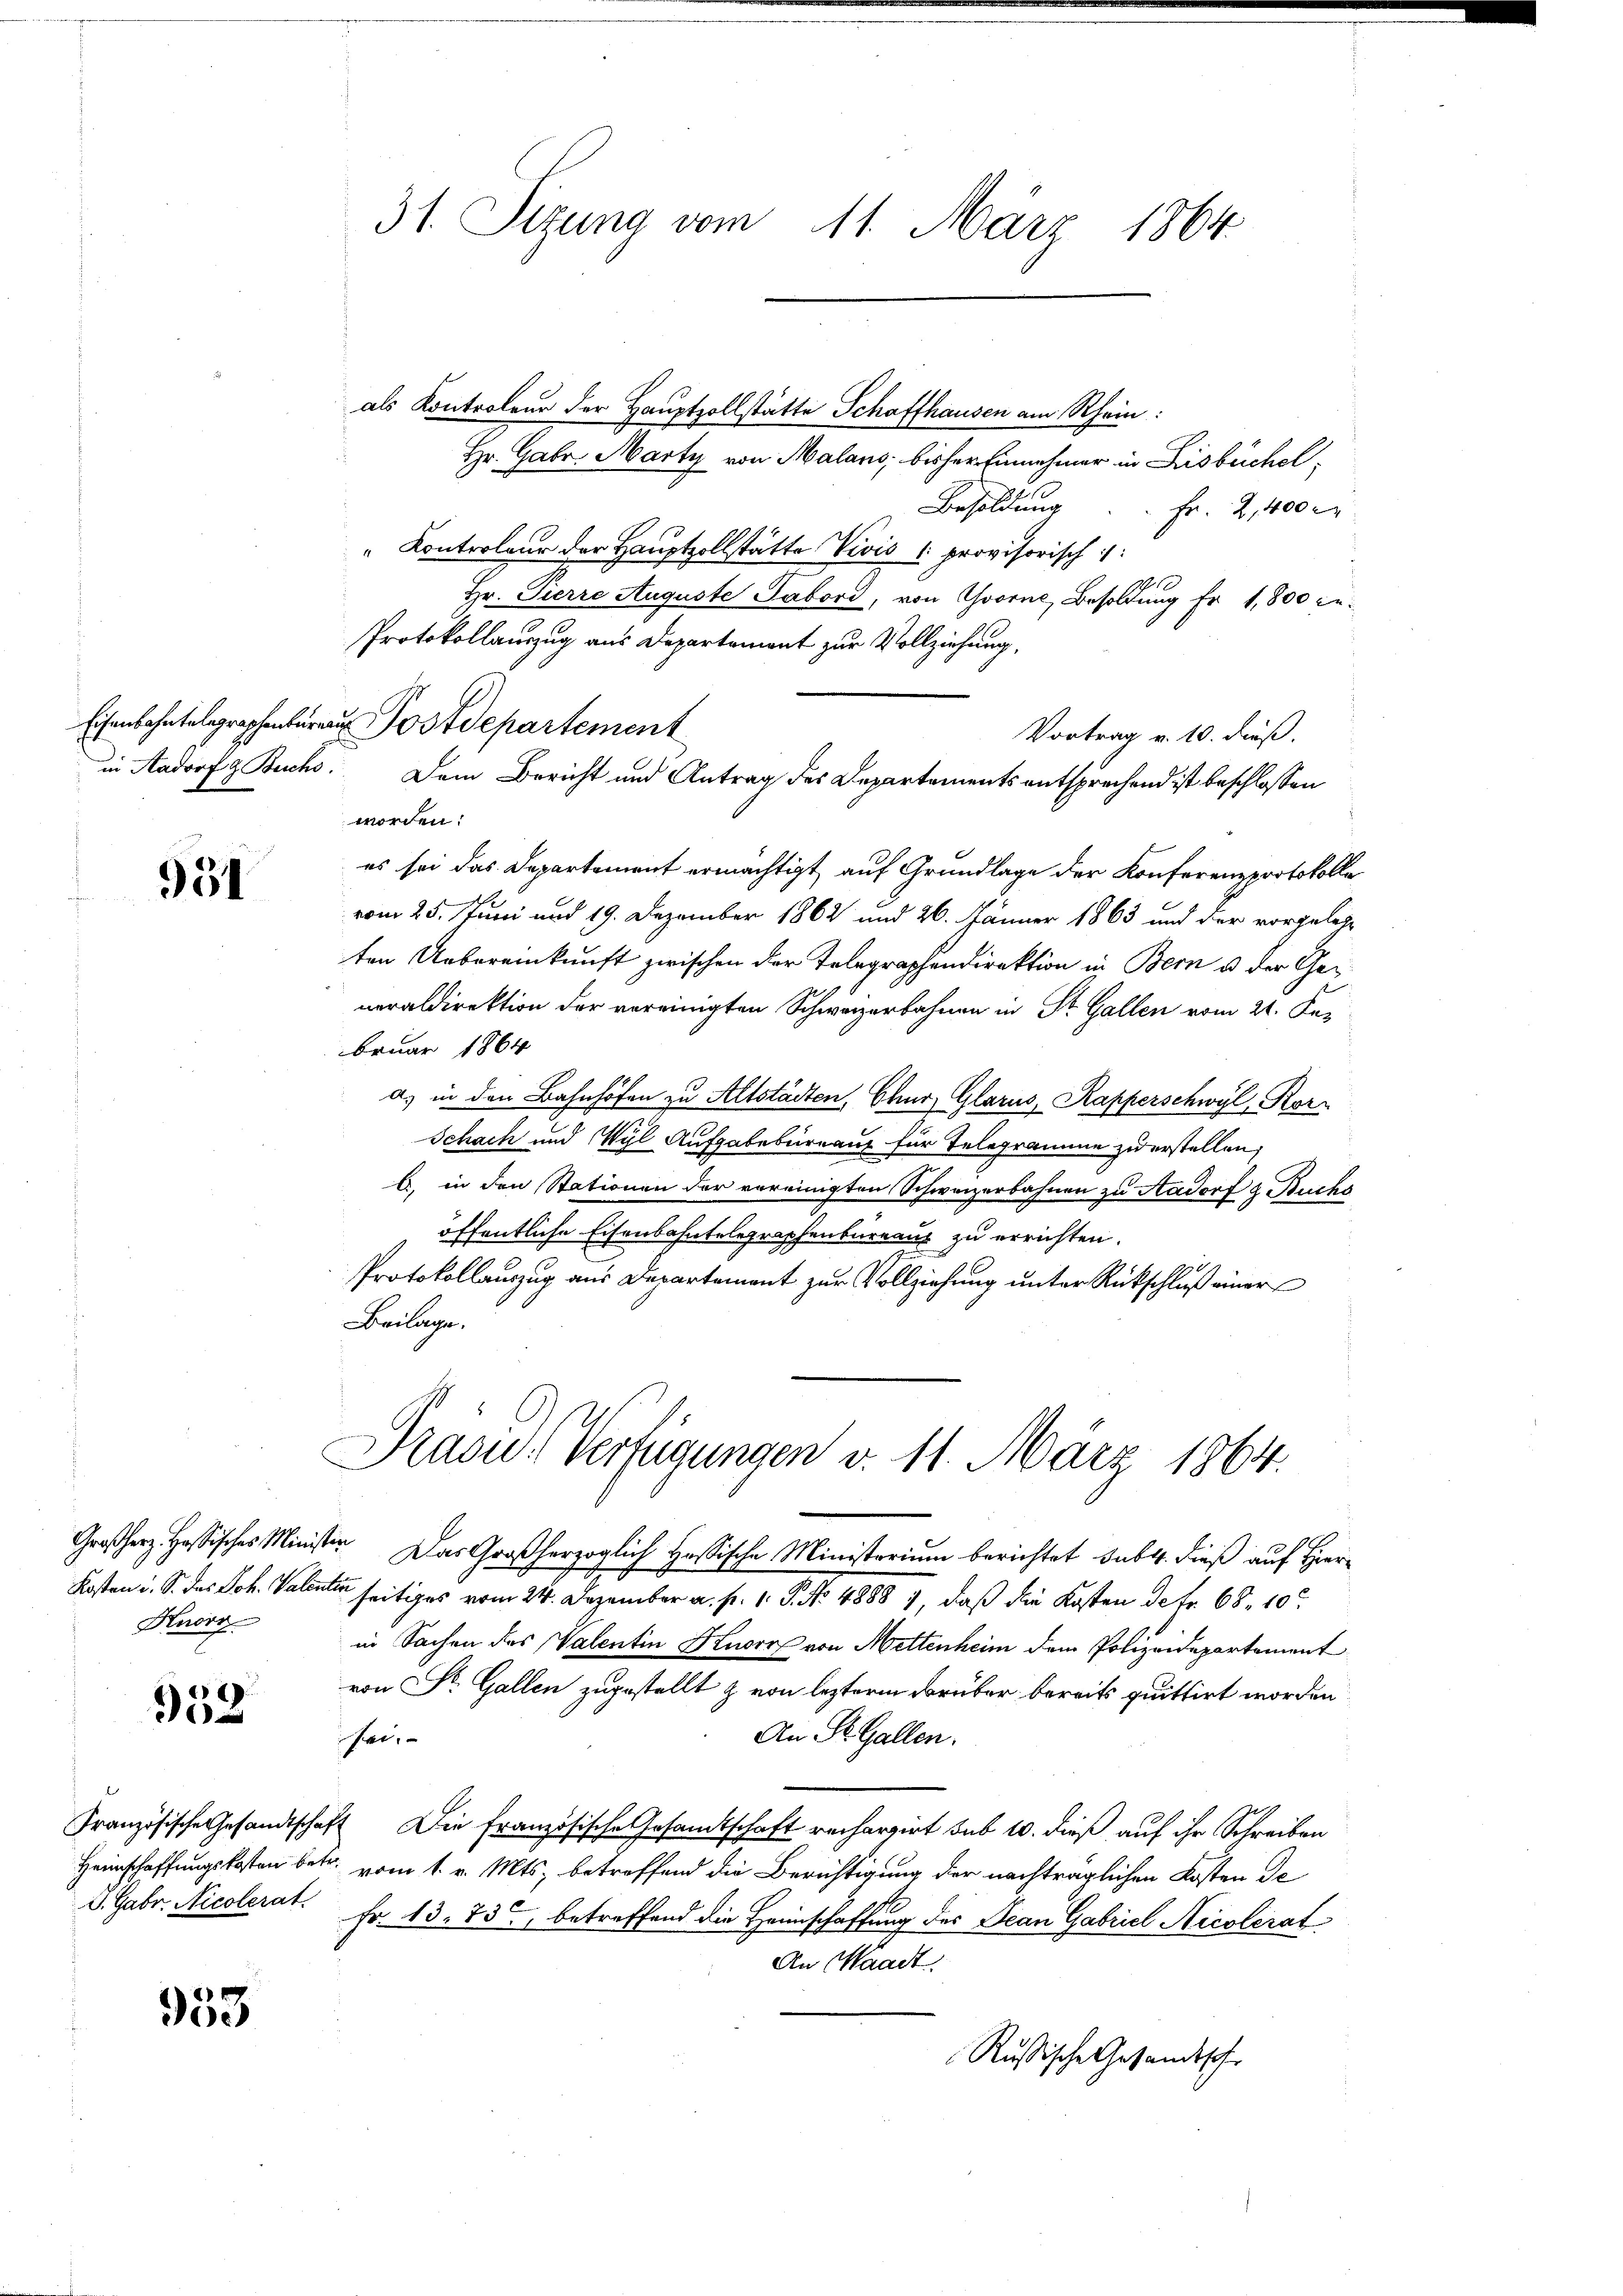
951

Knorr

552

953

31. Sitzung vom 11. März 1864

Eisenbahntelegraphenbara Postdepartement

Hr. Gabr. Marty von Malans, bisher Einnehmer in Lisbüchel¬
Besoldung. Fr. 2,400 M
"Controleur der Hauptzollstätte Vivis 1 provisorisch ::
Hr. Pierre Auguste Tabord, von Yvorne, Besoldung Fr. 1,800 ge¬
Protokollauszug aus Departement zur Vollziehung,
Vortrag v. 10. dieß.
in Aadorf Buchs. Dem Bericht und Antrag des Departements entsprechend ist beschlossen
worden:
es sei das Departement ermächtigt, auf Grundlage der Konferenzprotokolle
vom 25. Juni und 19. Dezember 1862 und 26. Jänner 1863 und der vorgelegten Uebereinkunft zwischen der Telegraphendirektion in Bern u der Generaldirektion der vereinigten Schweizerbahnen in St. Gallen vom 21. Dez.
bruar 1864
a) in den Bahnhöfen zu Altstädten, Chur, Glarus, Kapperschwyl, Korr
Schach und Wyl Aufgabebureaus für Telegramme zu erstellen,
b) in den Stationen der vereinigten Schweizerbahnen zu Aadorf & Buchs
öffentliche Eisenbahntelegraphenbureaus zu errichten.
Protokollauszug aus Departement zur Vollziehung unter Rückschluß einer
Beilage.

als Kontroleur der Hauptzollstätte Schaffhausen am Rhein

Prasw. Verfügungen v. 11. März 1864.

Großherz. Hassisches Minister. Das Großherzoglich Hassische Ministerium berichtet sub 4. dieß auf Hier¬
Kosten u. S. das Joh. Valenten seitiges vom 24. Dezember a. p. 1. P. No. 4888 1, daß die Kosten Petr. 68. 10
in Sachen des Valentin Huber von Mettenheim dem Polizeidepartement
von Dr. Gallen zugestellt & von lezterm darüber bereits quittirt worden
An St. Gallen.
sei.
Französische Gesandtschaft Die französische Gesamtschaft rechargirt sub 10. dieß auf ihr Schreiben
Heimschaffungskosten betr. vom 1. v. Mts. betroffend die Berichtigung der nachträglichen Kosten de
D. Gebr. Nicolerat. Fr. 13. 73 betreffend die Heimschaffung des Jean Gabriel Nicolerat
An Waadt.
Rußische Gesandtsche